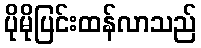
ပိုမိုပြင်းထန်လာသည်